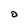
Character: O